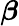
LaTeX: \boldsymbol{\beta}